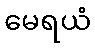
မေရယံ